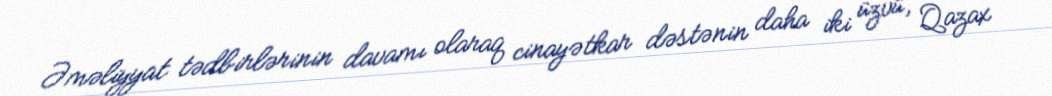
Əməliyyat tədbirlərinin davamı olaraq cinayətkar dəstənin daha iki üzvü, Qazax